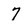
Character: 7